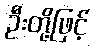
ဦးတို့ဖြင့်